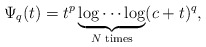
\begin{align*} \Psi_{q}(t) = t^p\underbrace{\log\cdots\log}_{N\;\mathrm{times}}(c+t)^q,\end{align*}